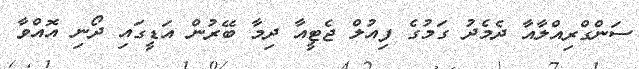
ސަންގްރިއްލާއާ ދެމެދު ގަމުގެ ފިއުލް ޖެޓީއާ ދިމާ ބޭރުން އަޑީގައި ދޯނި އޮއްވާ